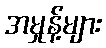
အမှုန့်များ